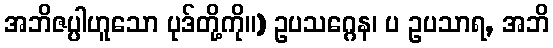
အဘိဇပ္ပါဟူသော ပုဒ်တို့ကို။) ဥပသဂ္ဂေန၊ ပ ဥပသာရ, အဘိ